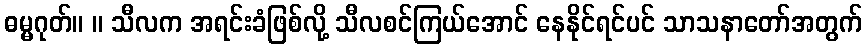
ဓမ္မဂုတ်။ ။ သီလက အရင်းခံဖြစ်လို့ သီလစင်ကြယ်အောင် နေနိုင်ရင်ပင် သာသနာတော်အတွက်